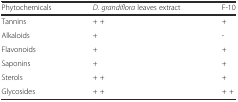
<table><thead><tr><td><b>Phytochemicals</b></td><td><b><i>D. grandiflora</i> leaves extract</b></td><td><b>F-10</b></td></tr></thead><tbody><tr><td>Tannins</td><td>+ +</td><td>+</td></tr><tr><td>Alkaloids</td><td>+</td><td>-</td></tr><tr><td>Flavonoids</td><td>+</td><td>+</td></tr><tr><td>Saponins</td><td>+</td><td>+</td></tr><tr><td>Sterols</td><td>+ +</td><td>+</td></tr><tr><td>Glycosides</td><td>+ +</td><td>+ +</td></tr></tbody></table>